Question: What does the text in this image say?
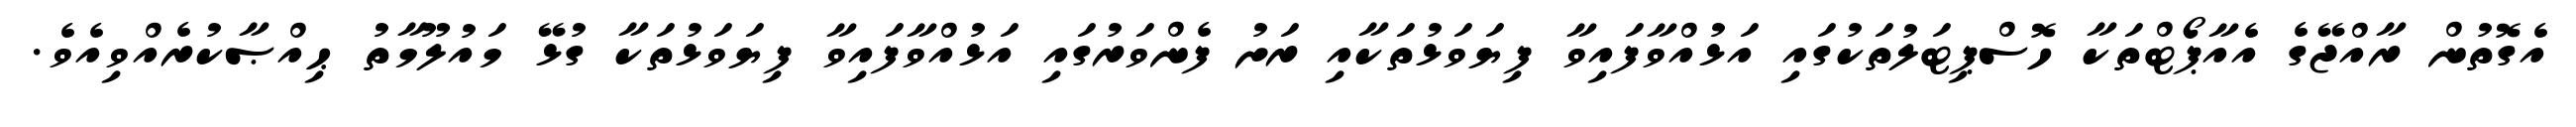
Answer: އެގޮތުން ރާއްޖޭގެ އެއާޕޯޓްތަކާ ހޮސްޕިޓަލުތަކުގައި އަޅުއްވާފައިވާ ފިޔަވަޅުތަކާއި ރަށު ފެންވަރުގައި އަޅުއްވާފައިވާ ފިޔަވަޅުތަކާ ގުޅޭ މައުލޫމާތު ޙިއްޞާކުރެއްވިއެވެ.